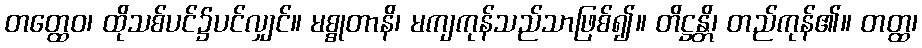
တတ္ထေဝ၊ ထိုသစ်ပင်၌ပင်လျှင်။ မစ္စုတာနိ၊ မကျကုန်သည်သာဖြစ်၍။ တိဋ္ဌန္တိ၊ တည်ကုန်၏။ တတ္ထ၊